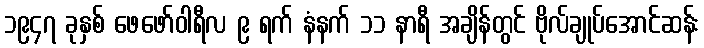
၁၉၄၇ ခုနှစ် ဖေဖော်ဝါရီလ ၉ ရက် နံနက် ၁၁ နာရီ အချိန်တွင် ဗိုလ်ချုပ်အောင်ဆန်း